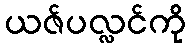
ယဇ်ပလ္လင်ကို